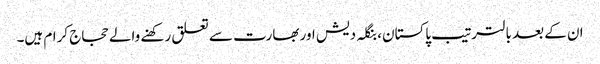
ان کے بعد بالترتیب پاکستان، بنگلہ دیش اور بھارت سے تعلق رکھنے والے حجاج کرام ہیں۔